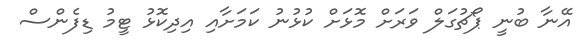
އޭނާ ބުނީ ޕޯޗުގަލް ވަރަށް މޮޅަށް ކުޅުނު ކަމަށާއި އިދިކޮޅު ޓީމު ޑިފެންސް